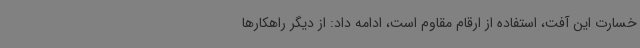
خسارت این آفت، استفاده از ارقام مقاوم است، ادامه داد: از دیگر راهکارها